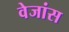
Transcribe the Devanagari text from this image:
वेजांस